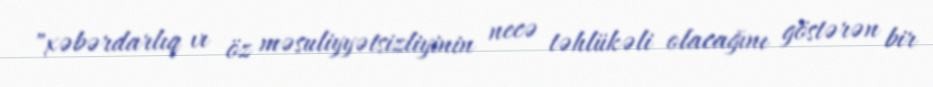
"xəbərdarlıq vı öz məsuliyyətsizliyinin necə təhlükəli olacağını göstərən bir